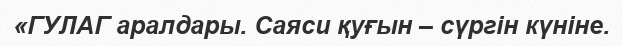
«ГУЛАГ аралдары. Саяси қуғын – сүргін күніне.